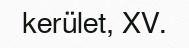
kerület, XV.